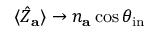
\langle \hat { Z } _ { \mathbf { a } } \rangle \rightarrow n _ { \mathbf { a } } \cos \theta _ { \mathrm { i n } }